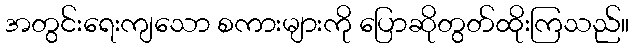
အတွင်းရေးကျသော စကားများကို ပြောဆိုတွတ်ထိုးကြသည်။